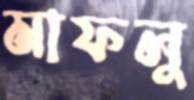
মাফলু